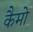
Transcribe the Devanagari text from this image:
कैमो